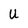
Character: U